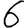
Digit: 6